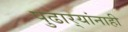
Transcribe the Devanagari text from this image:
पुढार्‍यांनाही